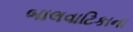
બાલવાટિકાના